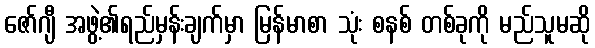
ဇော်ဂျီ အဖွဲ့၏ရည်မှန်းချက်မှာ မြန်မာစာ သုံး စနစ် တစ်ခုကို မည်သူမဆို